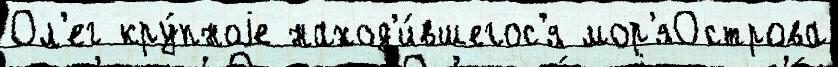
Ол'ег кру́пноjе наход'и́вшегос'я мор'яОстрова